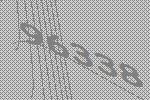
96338